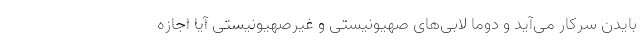
بایدن سرکار می‌آید و دوما لابی‌های صهیونیستی و غیرصهیونیستی آیا اجازه